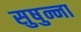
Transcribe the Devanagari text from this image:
सुषुन्ना